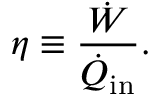
\eta \equiv \frac { \dot { W } } { \dot { Q } _ { \mathrm { i n } } } .